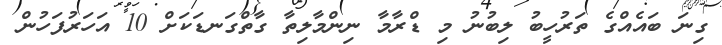
ގިނަ ބައެއްގެ ތަރުހީބު ލިބުނު މި ޑްރާމާ ނިންމާލިތާ ގާތްގަނޑަކަށް 10 އަހަރުފަހުން